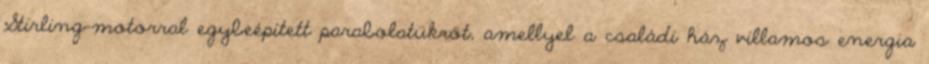
Stirling-motorral egybeépített parabolatükröt, amellyel a családi ház villamos energia